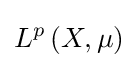
L^{p}\left(X,\mu \right)